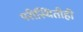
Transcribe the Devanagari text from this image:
परीस्थितीही